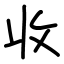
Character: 收